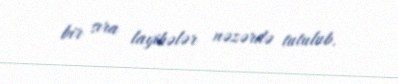
bir sıra layihələr nəzərdə tutulub.